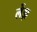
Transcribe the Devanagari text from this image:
लेंझ